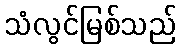
သံလွင်မြစ်သည်